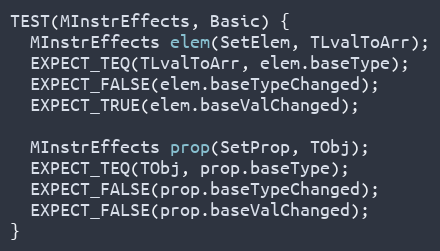
Language: C++
TEST(MInstrEffects, Basic) {
  MInstrEffects elem(SetElem, TLvalToArr);
  EXPECT_TEQ(TLvalToArr, elem.baseType);
  EXPECT_FALSE(elem.baseTypeChanged);
  EXPECT_TRUE(elem.baseValChanged);

  MInstrEffects prop(SetProp, TObj);
  EXPECT_TEQ(TObj, prop.baseType);
  EXPECT_FALSE(prop.baseTypeChanged);
  EXPECT_FALSE(prop.baseValChanged);
}